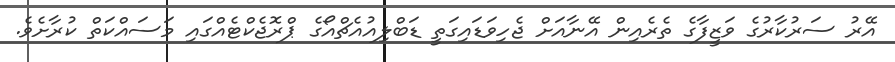
އޭރު ސަރުކާރުގެ ވަޒީފާގެ ތެރެއިން އޭނާއަށް ޖެހިވަޑައިގަތީ ޑަބްލިއުއެޗްއޯގެ ޕްރޮޖެކްޓެއްގައި މަސައްކަތް ކުރާށެވެ.